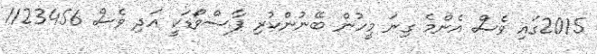
2015ގައި ވެސް އެންމެ ގިނަ މީހުން ބޭނުންކުރި ޕާސްވޯޑަކީ އަދި ވެސް 123456!